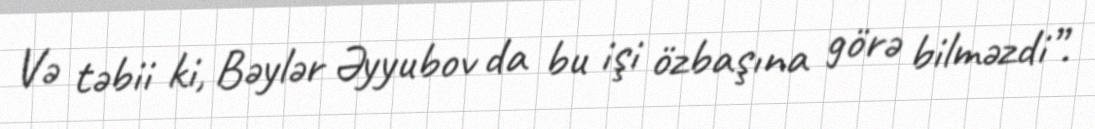
Və təbii ki, Bəylər Əyyubov da bu işi özbaşına görə bilməzdi”.